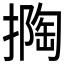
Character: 𱠯